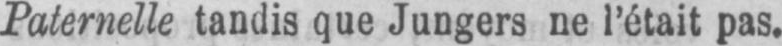
Paternelle tandis que Jungers ne l’était pas.